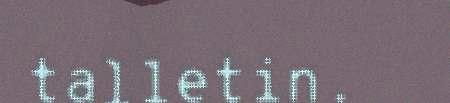
talletin.